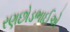
રણછોડભાઈએ